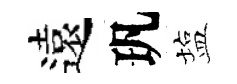
遠㺬塩